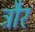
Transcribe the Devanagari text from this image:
त्रौर